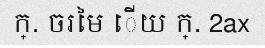
ក្. ចរមៃ ើយ ក្. 2ax